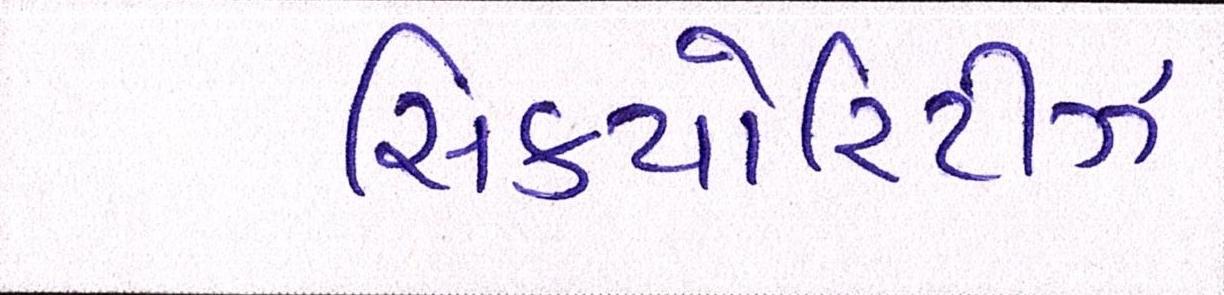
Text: સિક્યોરિટીઝ